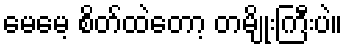
မေမေ့ စိတ်ထဲတော့ တမျိုးကြီးပဲ။